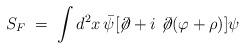
LaTeX: \begin{align*} S_F \;=\; \int d^2 x \, {\bar \psi} [ \not \! \partial + i \not \! \partial (\varphi + \rho) ] \psi\end{align*}